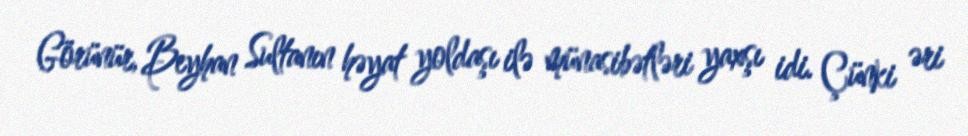
Görünür, Beyhan Sultanın həyat yoldaşı ilə münasibətləri yaxşı idi. Çünki əri